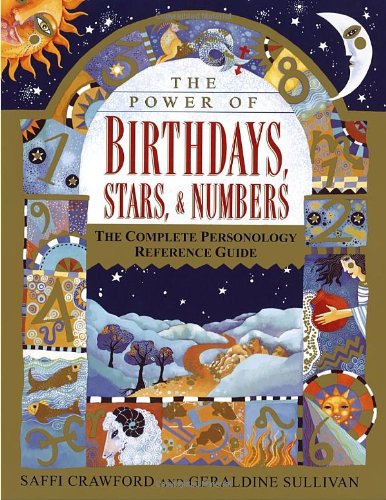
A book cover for The Power of Birthdays, Stars & Numbers: The Complete Personology Reference Guide; Saffi Crawford; Religion & Spirituality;